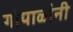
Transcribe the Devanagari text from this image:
गोपाळांनी